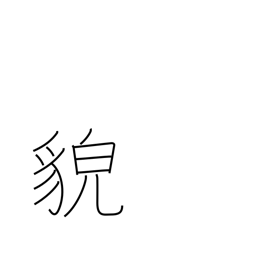
Meaning: countenance